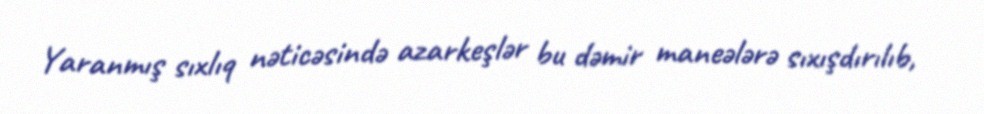
Yaranmış sıxlıq nəticəsində azarkeşlər bu dəmir maneələrə sıxışdırılıb,